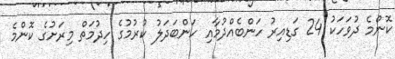
ކޮންމެ ދުވަހަކު 24 ގަޑިއިރު ހަންބެއްދުމާއި ހަންބަދަލު ކުރުމުގެ ހިދުމަތް މިރަށުގެ ކޮންމެ